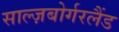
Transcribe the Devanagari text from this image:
साल्ज़बोर्गरलैंड